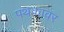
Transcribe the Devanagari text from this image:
पथकावर